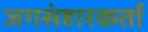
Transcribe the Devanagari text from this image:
जगसंहारकर्ता